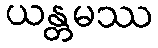
ယန္တမဿ